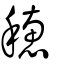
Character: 穗